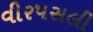
વીરપસલી